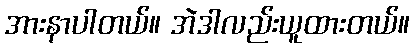
အားနာပါတယ်။ အဲဒါလည်းယူထားတယ်။